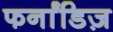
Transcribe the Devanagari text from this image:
फर्नांडिज़